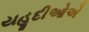
યહૂદીઓએ